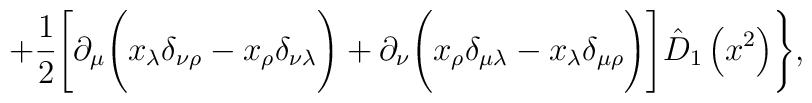
+\frac12\Biggl[\partial_\mu\Biggl(x_\lambda\delta_{\nu\rho}-x_\rho\delta_{\nu\lambda}\Biggr)+\partial_\nu\Biggl(x_\rho\delta_{\mu\lambda}-x_\lambda\delta_{\mu\rho}\Biggr)\Biggr]\hat D_1\left(x^2\right)\Biggr\},